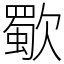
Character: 歜